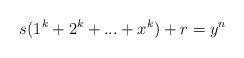
LaTeX: \begin{align*}s(1^{k}+2^{k}+...+x^{k})+r=y^{n}\end{align*}